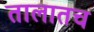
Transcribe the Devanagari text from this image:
तालातच